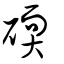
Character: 碝